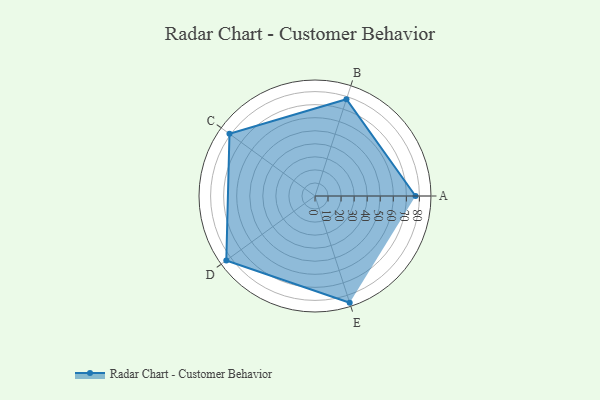
{"axis": {"x": "Skill", "y": "Score"}, "legend": ["Profile"], "data": [{"x": "A", "y": 77.0, "type": "Profile"}, {"x": "B", "y": 78.0, "type": "Profile"}, {"x": "C", "y": 81.0, "type": "Profile"}, {"x": "D", "y": 84.0, "type": "Profile"}, {"x": "E", "y": 86.0, "type": "Profile"}]}